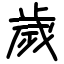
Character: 歲